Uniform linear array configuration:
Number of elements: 24
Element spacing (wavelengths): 0.5
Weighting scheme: binomial
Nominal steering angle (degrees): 30
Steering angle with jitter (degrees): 31.486
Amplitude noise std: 0.05
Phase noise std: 0.05

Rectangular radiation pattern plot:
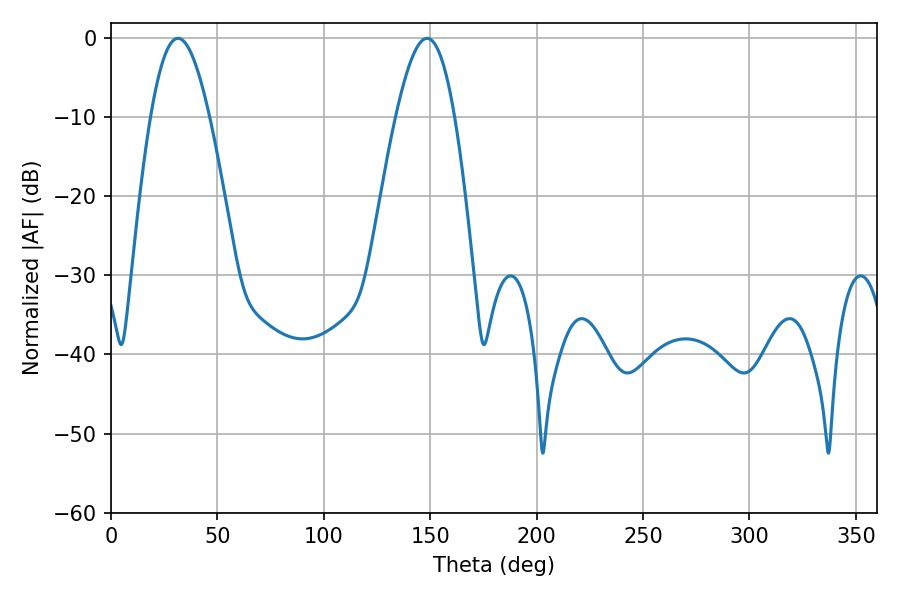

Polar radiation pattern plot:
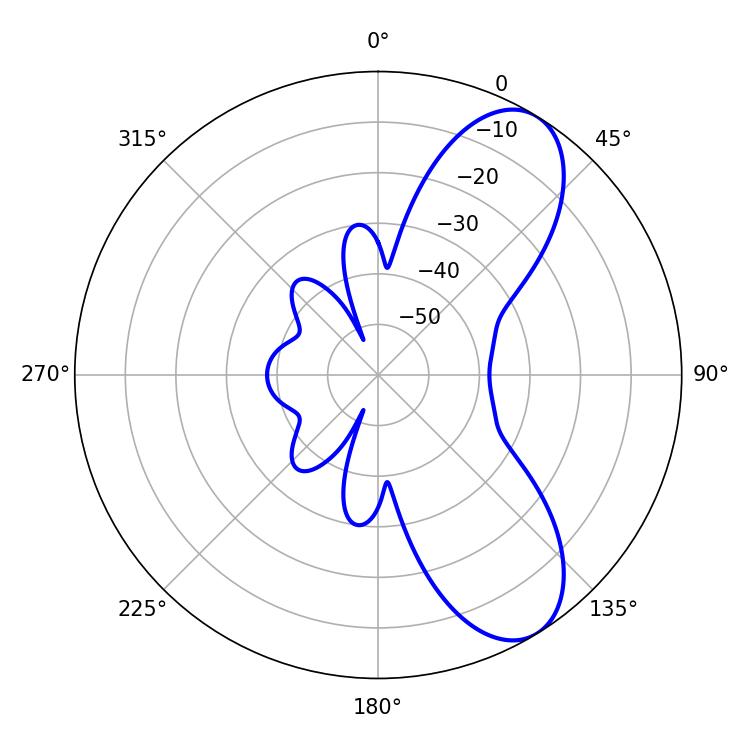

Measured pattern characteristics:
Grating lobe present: FALSE
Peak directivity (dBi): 8.261
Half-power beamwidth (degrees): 14.94
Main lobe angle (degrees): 31.5